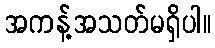
အကန့်အသတ်မရှိပါ။